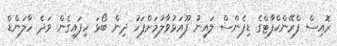
ރޮއިސް ފްރޭންކްފާޓްގެ ޑިފެންސް ލައިނު ފޫއަޅުވާލުމަށްފަހު ދިން ބޯޅަ ހިފައިގެން ވަދެ ހާލަންޑް